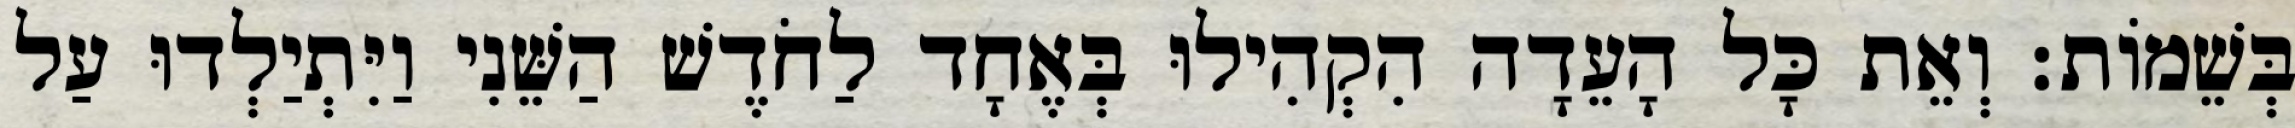
בְּשֵׁמוֹת׃ וְאֵת כָּל הָעֵדָה הִקְהִילוּ בְּאֶחָד לַחֹדֶשׁ הַשֵּׁנִי וַיִּתְיַלְדוּ עַל